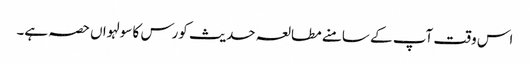
اس وقت آپ کے سامنے مطالعہ حدیث کورس کا سولہواں حصہ ہے۔